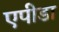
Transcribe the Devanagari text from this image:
एपीडा